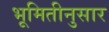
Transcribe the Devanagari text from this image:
भूमितीनुसार